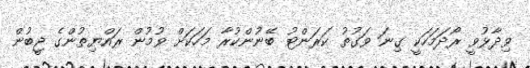
ވިދާޅުވީ ރޯދަމަހަކީ ގިނަ ވަގުތު ކަރަންޓު ބޭނުންކުރާ މަހަކަށް ވުމުން ރައްޔިތުންގެ ޖީބުން